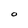
Character: O